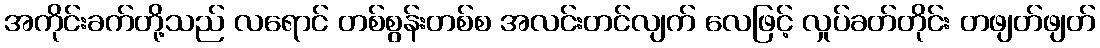
အကိုင်းခက်တို့သည် လရောင် တစ်စွန်းတစ်စ အလင်းတင်လျက် လေဖြင့် လှုပ်ခတ်တိုင်း တဖျတ်ဖျတ်